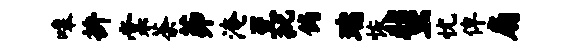
嗥拚棠荼茆淹至批倘瑞恢蜚忧俾扇